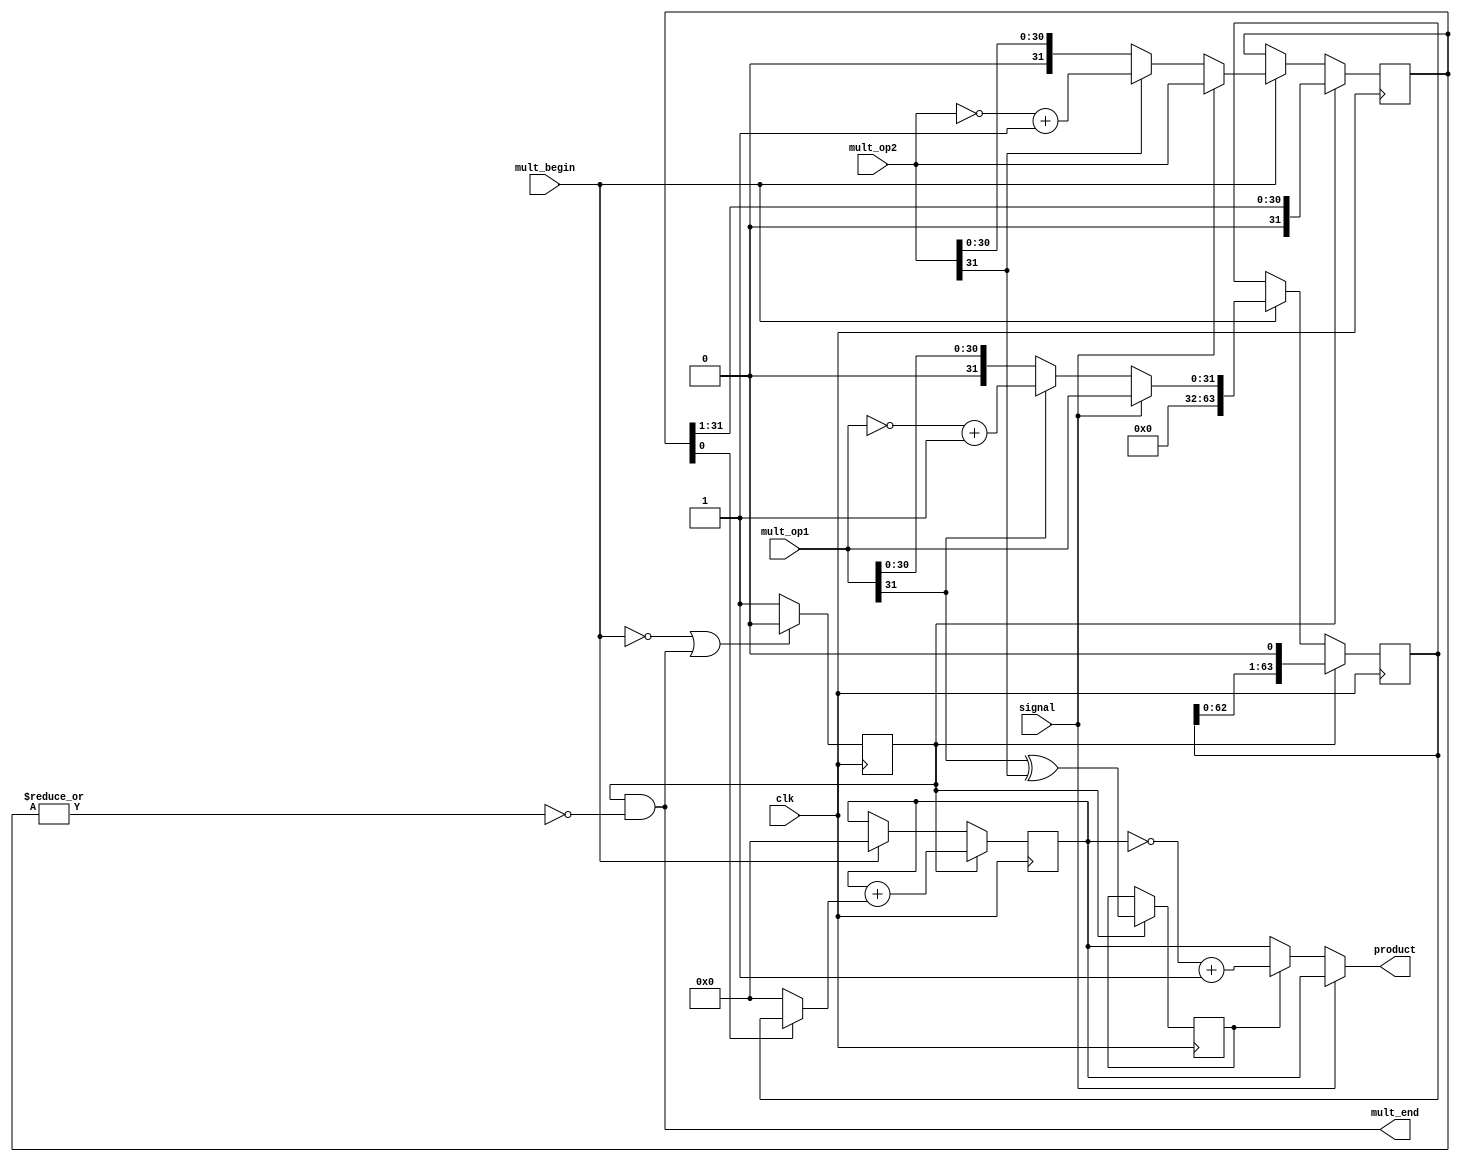
module multiply(              // ˷
    input         clk,        // ʱ
    input         mult_begin, // ˷ʼź
	input         signal,   // ޷ų˱־
    input  [31:0] mult_op1,   // ˷Դ1
    input  [31:0] mult_op2,   // ˷Դ2
	
    output [63:0] product,    // ˻
    output        mult_end    // ˷ź
);

    //˷źźͽź
    reg mult_valid;
    assign mult_end = mult_valid & ~(|multiplier); //˷źţȫ0
    always @(posedge clk)
    begin
        if (!mult_begin || mult_end)
        begin
            mult_valid <= 1'b0;
        end
        else
        begin
            mult_valid <= 1'b1;
        end
    end

    //ԴȡֵľֵΪ䱾ľֵΪȡ1
    wire        op1_sign;      //1ķλ
    wire        op2_sign;      //2ķλ
    wire [31:0] op1_absolute;  //1ľֵ
    wire [31:0] op2_absolute;  //2ľֵ
    assign op1_sign = mult_op1[31];
    assign op2_sign = mult_op2[31];
    assign op1_absolute =  signal  ?  mult_op1:
								    op1_sign ? (~mult_op1+1) : mult_op1;
    assign op2_absolute =  signal ?  mult_op2:
									op2_sign ? (~mult_op2+1) : mult_op2;

    //رʱÿһλ
    reg  [63:0] multiplicand;
    always @ (posedge clk)
    begin
        if (mult_valid)
        begin    // ڽг˷򱻳ÿʱһλ
            multiplicand <= {multiplicand[62:0],1'b0};
        end
        else if (mult_begin) 
        begin   // ˷ʼرΪ1ľֵ
            multiplicand <= {32'd0,op1_absolute};
        end
    end

    //سʱÿһλ
    reg  [31:0] multiplier;
    always @ (posedge clk)
    begin
        if (mult_valid)
        begin   // ڽг˷ÿʱһλ
            multiplier <= {1'b0,multiplier[31:1]}; 
        end
        else if (mult_begin)
        begin   // ˷ʼسΪ2ľֵ
            multiplier <= op2_absolute; 
        end
    end
    
    // ֻĩλΪ1ɱƵõĩλΪ0ֻΪ0
    wire [63:0] partial_product;
    assign partial_product = multiplier[0] ? multiplicand : 64'd0;
    
    //ۼ
    reg [63:0] product_temp;
    always @ (posedge clk)
    begin
        if (mult_valid)
        begin
            product_temp <= product_temp + partial_product;
        end
        else if (mult_begin) 
        begin     
            product_temp <= 64'd0;  // ˷ʼ˻ 
        end
    end 
     
    //˷ķλͳ˷
    reg product_sign;
	always @ (posedge clk)  // ˻
    begin
        if (mult_valid)
        begin
		    product_sign <= op1_sign ^ op2_sign;
        end
    end

    //˷ΪҪԽȡ+1
	wire [63:0] product1;
    assign product1 = product_sign ? (~product_temp+1) : product_temp;
	assign product = signal ? product_temp : product1;
	
		
endmodule